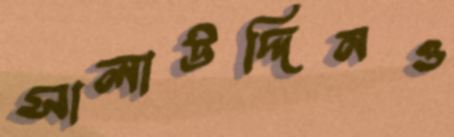
সালাউদ্দিনও